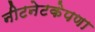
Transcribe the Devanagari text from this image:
नीटनेटकेपणा